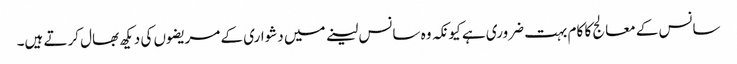
سانس کے معالج کا کام بہت ضروری ہے کیونکہ وہ سانس لینے میں دشواری کے مریضوں کی دیکھ بھال کرتے ہیں۔